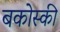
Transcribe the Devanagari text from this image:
बकोस्की